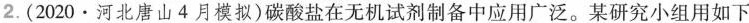
2.(2020·河北唐山4月模拟)碳酸盐在无机试剂制备中应用广泛。某研究小组用如下